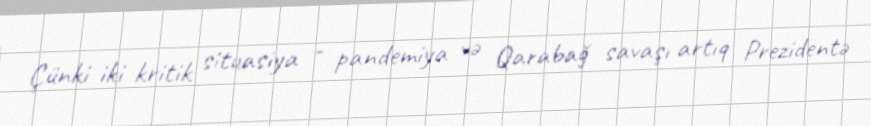
Çünki iki kritik situasiya - pandemiya və Qarabağ savaşı artıq Prezidentə